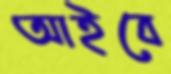
আইবে